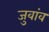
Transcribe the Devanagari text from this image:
जुवांव